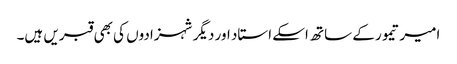
امیر تیمور کے ساتھ اسکے استاد اور دیگر شہزادوں کی بھی قبریں ہیں۔